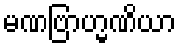
မဏဗြာဟ္မဏိယာ